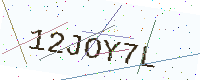
Text: 12JOY7L